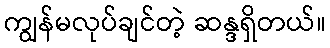
ကျွန်မလုပ်ချင်တဲ့ ဆန္ဒရှိတယ်။